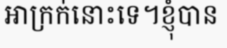
អាក្រក់នោះទេ។ខ្ញុំបាន